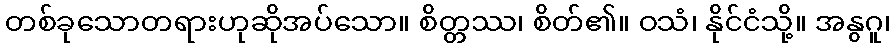
တစ်ခုသောတရားဟုဆိုအပ်သော။ စိတ္တဿ၊ စိတ်၏။ ဝသံ၊ နိုင်ငံသို့။ အနွဂူ၊